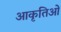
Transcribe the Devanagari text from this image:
आकृतिओं